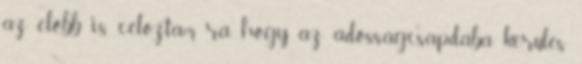
az előbb is céloztam rá, hogy az adósságcsapdába kerülés